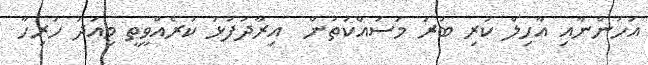
އަހަންނާއި އާހިލް ކުރި ބުރަ މަސައްކަތުން  އިރާދަފުޅު ކުރެއްވީތީ މިއަދު ހުރިހާ